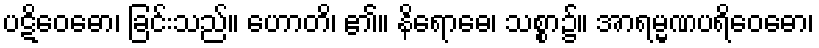
ပဋိဝေဓော၊ ခြင်းသည်။ ဟောတိ၊ ၏။ နိရောဓေ၊ သစ္စာ၌။ အာရမ္မဏပရိဝေဓော၊